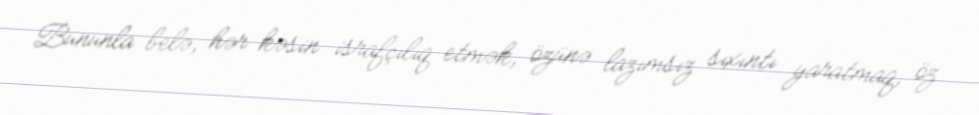
Bununla belə, hər kəsin israfçılıq etmək, özünə lazımsız sıxıntı yaratmaq, öz